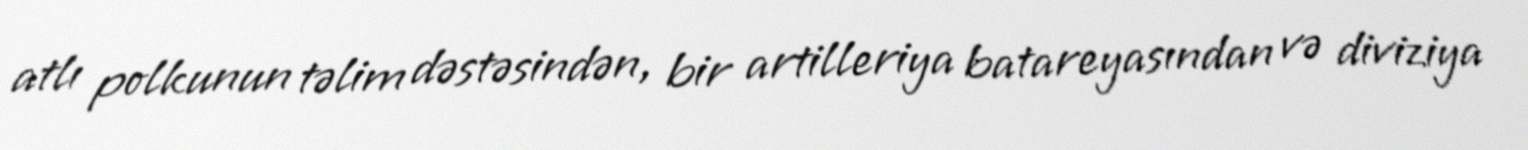
atlı polkunun təlim dəstəsindən, bir artilleriya batareyasından və diviziya